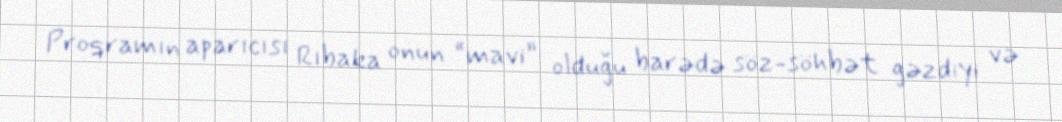
Proqramın aparıcısı Rıbaka onun “mavi” olduğu barədə söz-söhbət gəzdiyi və